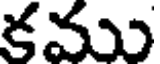
కము